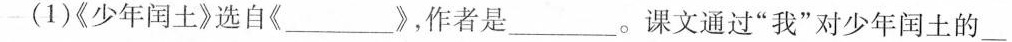
(1)《少年闰土》选自《___》，作者是___。课文通过”我”对少年闰土的___